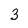
Character: 3